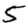
Digit: 5